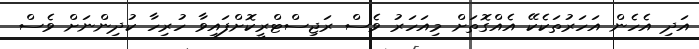
އަދި އެހެން އަހަރުތަކެކޭ އެއްގޮތަށް މިއަހަރު ވެސް ރަޖިސްޓްރީކޮށްފައިވާ ހުރިހާ ކުދިންނަށް ވެސް